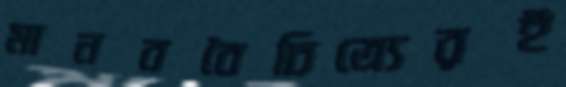
মানববৈচিত্র্যেরই